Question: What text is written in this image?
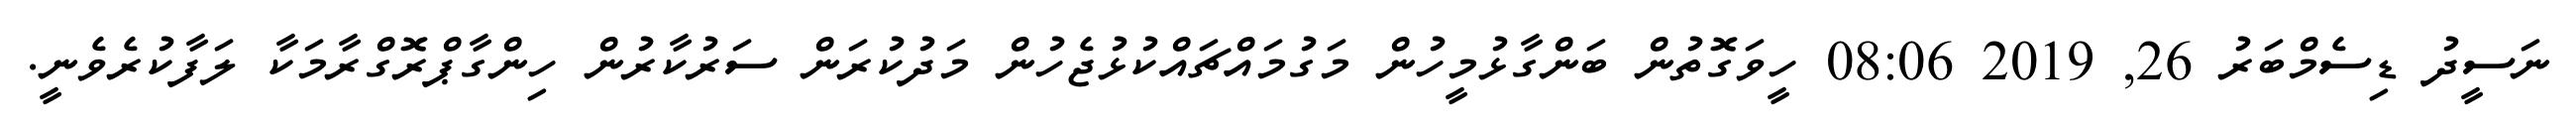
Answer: ނަސީދު ޑިސެމްބަރު 26, 2019 08:06 ހީވަގޮތުން ބަންގާޅުމީހުން މަގުމައްޗައްކުޅުޖެހުން މަދުކުރަން ސަރުކާރުން ހިންގާޕްރޮގްރާމަކާ ލަފާކުރެވެނީ.